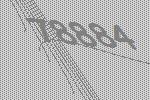
78884